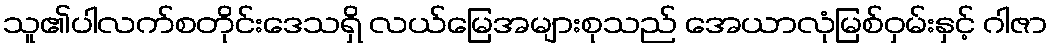
သူ၏ပါလက်စတိုင်းဒေသရှိ လယ်မြေအများစုသည် အေယာလုံမြစ်ဝှမ်းနှင့် ဂါဇာ